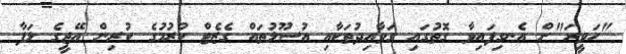
"ހަވީރަ"ށް އެނގިފައިވާ ގޮތުގައި ގަވާއިދުތަކާއި އުސޫލުތައް ގެޒެޓް ކުރުމުގެ ކުރިން އޭޖީގެ ލަފާ